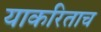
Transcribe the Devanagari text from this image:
याकरिताच